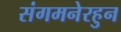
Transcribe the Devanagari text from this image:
संगमनेरहुन